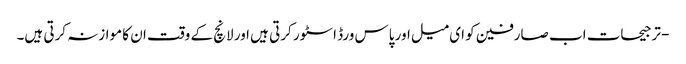
- ترجیحات اب صارفین کو ای میل اور پاس ورڈ اسٹور کرتی ہیں اور لانچ کے وقت ان کا موازنہ کرتی ہیں۔